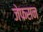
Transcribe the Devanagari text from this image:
जेफसन